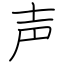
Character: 声